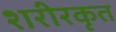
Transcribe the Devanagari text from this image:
शरीरकृत